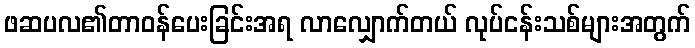
ဖဆပလ၏တာဝန်ပေးခြင်းအရ လာလျှောက်တယ် လုပ်ငန်းသစ်များအတွက်